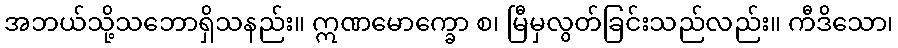
အဘယ်သို့သဘောရှိသနည်း။ ဣဏမောက္ခော စ၊ မြီမှလွတ်ခြင်းသည်လည်း။ ကီဒိသော၊